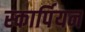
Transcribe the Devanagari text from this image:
स्कार्पियन